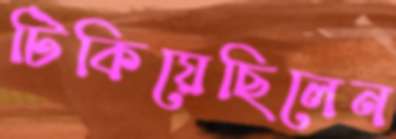
টিকিয়েছিলেন